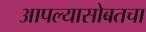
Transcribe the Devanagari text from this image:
आपल्यासोबतचा